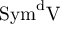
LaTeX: \mathrm { { { S y m } ^ { d } V } }